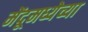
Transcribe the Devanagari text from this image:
मेंदूमध्येच्या